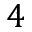
4